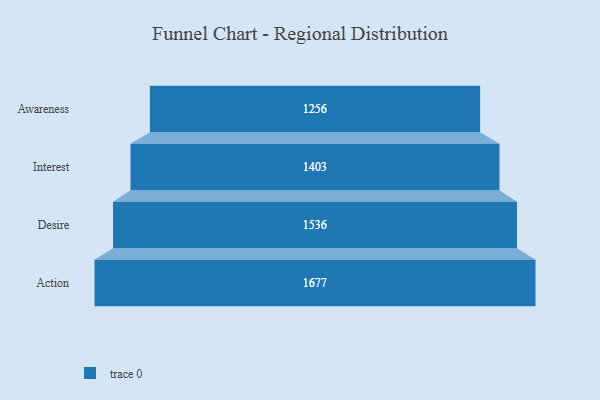
{"axis": {"x": "Stage", "y": "Value"}, "legend": [""], "data": [{"x": "Awareness", "y": 1256.0, "type": ""}, {"x": "Interest", "y": 1403.0, "type": ""}, {"x": "Desire", "y": 1536.0, "type": ""}, {"x": "Action", "y": 1677.0, "type": ""}]}